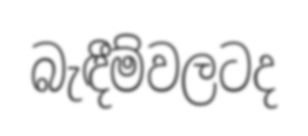
බැඳීම්වලටද